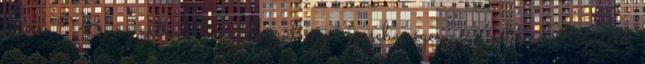
literes V8; az extralistára felkerül egy négysebességes manuális sebességváltó,